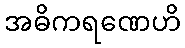
အဓိကရဏေဟိ